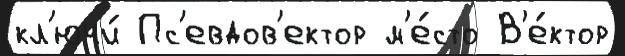
кл'ючи́ Пс'евдов'ектор м'е́сто В'е́ктор